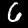
Label: 6